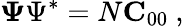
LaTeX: {\mathbf\Psi\Psi}^{*}=N{\mathbf C}_{00}\mathrm{~,~}